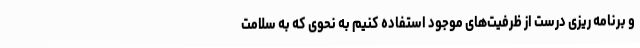
و برنامه ریزی درست از ظرفیت‌های موجود استفاده کنیم به نحوی که به سلامت